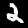
Digit: 2